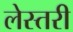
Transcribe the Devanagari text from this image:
लेस्तरी